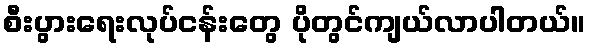
စီးပွားရေးလုပ်ငန်းတွေ ပိုတွင်ကျယ်လာပါတယ်။